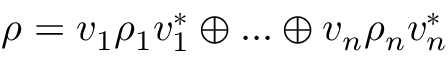
\rho = v _ { 1 } \rho _ { 1 } v _ { 1 } ^ { * } \oplus . . . \oplus v _ { n } \rho _ { n } v _ { n } ^ { * }